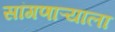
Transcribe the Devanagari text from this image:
सांगणाऱ्याला